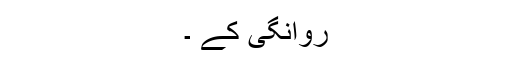
روانگی کے ۔